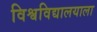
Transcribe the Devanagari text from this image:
विश्वविद्यालयाला